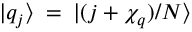
{ | q _ { j } \rangle } \: = \: { | ( j + \chi _ { q } ) / N \rangle }